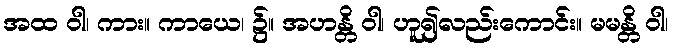
အထ ဝါ၊ ကား။ ကာယေ၊ ၌။ အဟန္တိ ဝါ၊ ဟူ၍လည်းကောင်း။ မမန္တိ ဝါ၊